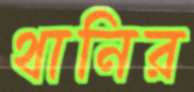
থানির